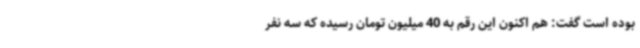
بوده است گفت: هم اکنون این رقم به 40 میلیون تومان رسیده که سه نفر